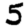
Digit: 5